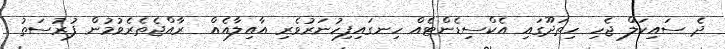
ދެ ސައިކަލް ޖެހި ހިތަދޫގައި އެކްސިޑެންޓެއް ހިނގައިފިހުނަރުވެރި އާއިލާއެއް  ރާއްޖެތެރެވުމުން ފުރުސަތު